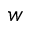
w